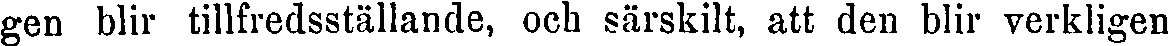
gen blir tillfredsställande, och särskilt, att den blir verkligen